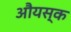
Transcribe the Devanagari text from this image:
औयस्क